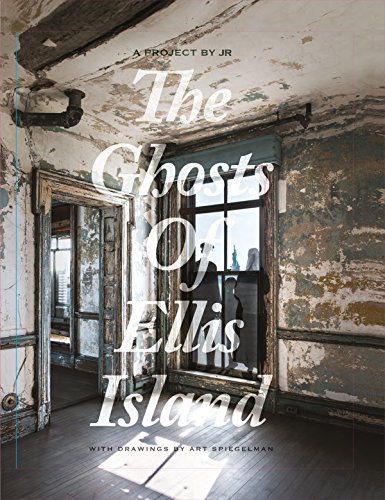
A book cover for JR & Art Spiegelman: The Ghosts of Ellis Island; Arts & Photography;